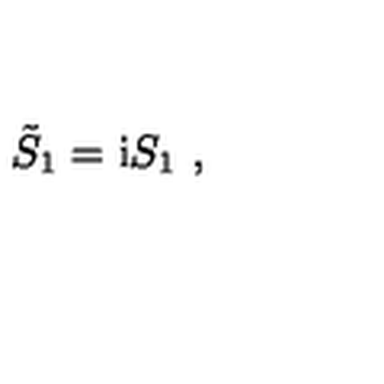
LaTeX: \tilde { S } _ { 1 } = \mathrm { i } S _ { 1 } \ ,